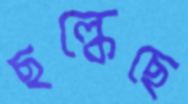
ছল্‌কেছে